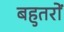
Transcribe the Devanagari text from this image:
बहुतरों